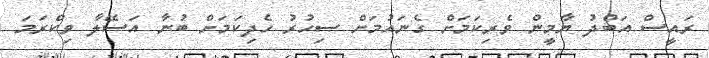
ރައީސް އަބްދު ޔާމީން ވެރިކަމަށް ގެނައުމަށް ސިހުރު ހެދިކަމަށް ބުނާ އަސޭލާ ވިކްރަމަ